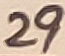
Text: 29